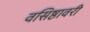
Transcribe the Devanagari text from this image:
वसिष्ठावरी